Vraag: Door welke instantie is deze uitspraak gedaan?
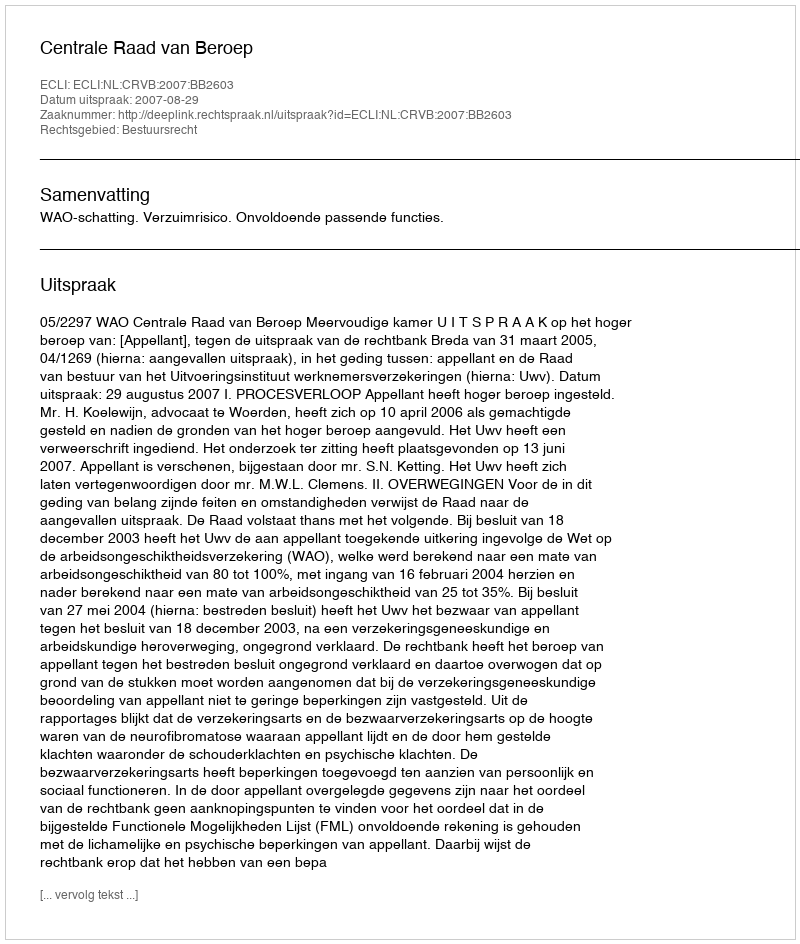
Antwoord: Centrale Raad van Beroep